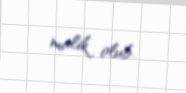
malik olub.